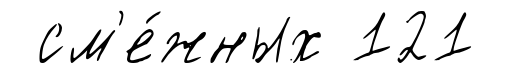
см'е́жных 121